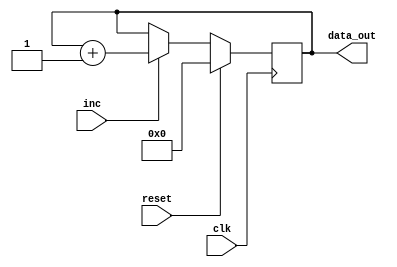
module reg_rst_inc(
	input clk,
	input inc,
	input reset,

	output reg [15:0] data_out
);
			    
always @(posedge clk)
    begin        
        if (inc)
            data_out <= data_out + 16'd1;
        if (reset)
            data_out <= 16'b0;
    end

endmodule